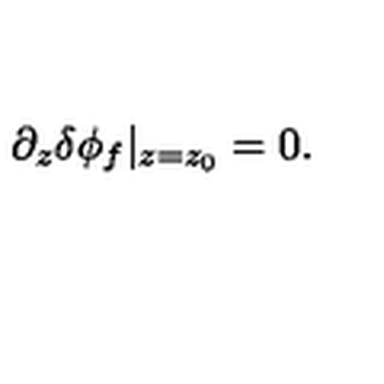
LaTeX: \partial _ { z } \delta \phi _ { f } \vert _ { z = z _ { 0 } } = 0 .